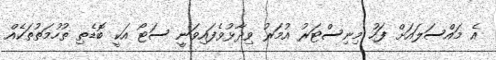
އެ މައްސަލައަށް ފަހު މިނިސްޓަރު އުމަރު ވިދާޅުވެފައިވަނީ ސަޓޯ އަކީ ބޮޑެތި ތުހުމަތުތަކެއް